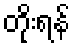
တိုးရန်